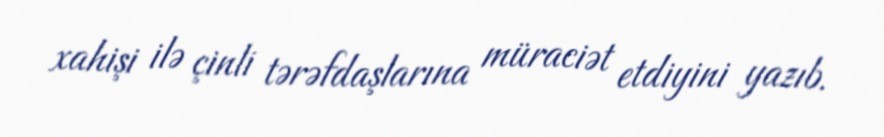
xahişi ilə çinli tərəfdaşlarına müraciət etdiyini yazıb.